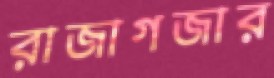
রাজাগজার